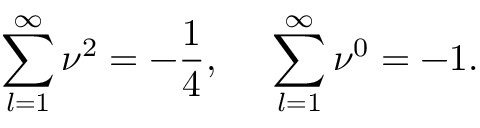
\sum _ { l = 1 } ^ { \infty } \nu ^ { 2 } = - \frac { 1 } { 4 } , ~ ~ ~ ~ \sum _ { l = 1 } ^ { \infty } \nu ^ { 0 } = - 1 .